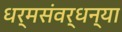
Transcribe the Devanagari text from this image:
धर्मसंवर्धन्या